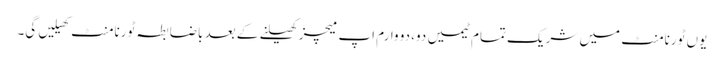
یوں ٹورنامنٹ میں شریک تمام ٹیمیں دو، دو وارم اپ میچز کھیلنے کے بعد باضابطہ ٹورنامنٹ کھیلیں گی۔